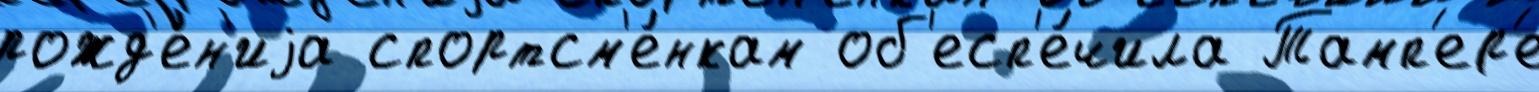
рожд'е́н'иjа спортсм'е́нкам об'есп'е́чила Тамп'ер'е